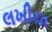
લખીયા